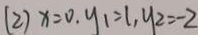
( 2 ) x = 0 , y _ { 1 } = 1 , y _ { 2 } = - 2